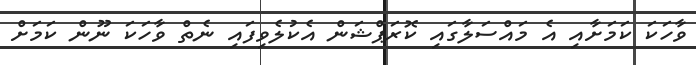
ވާހަކަ ކަމަށާއި އެ މައްސަލާގައި ކޮރަޕްޝަން އެކުލެވިފައި ނެތް ވާހަކަ ނޫން ކަމަށް